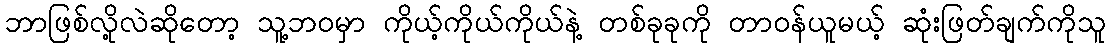
ဘာဖြစ်လို့လဲဆိုတော့ သူ့ဘဝမှာ ကိုယ့်ကိုယ်ကိုယ်နဲ့ တစ်ခုခုကို တာဝန်ယူမယ့် ဆုံးဖြတ်ချက်ကိုသူ